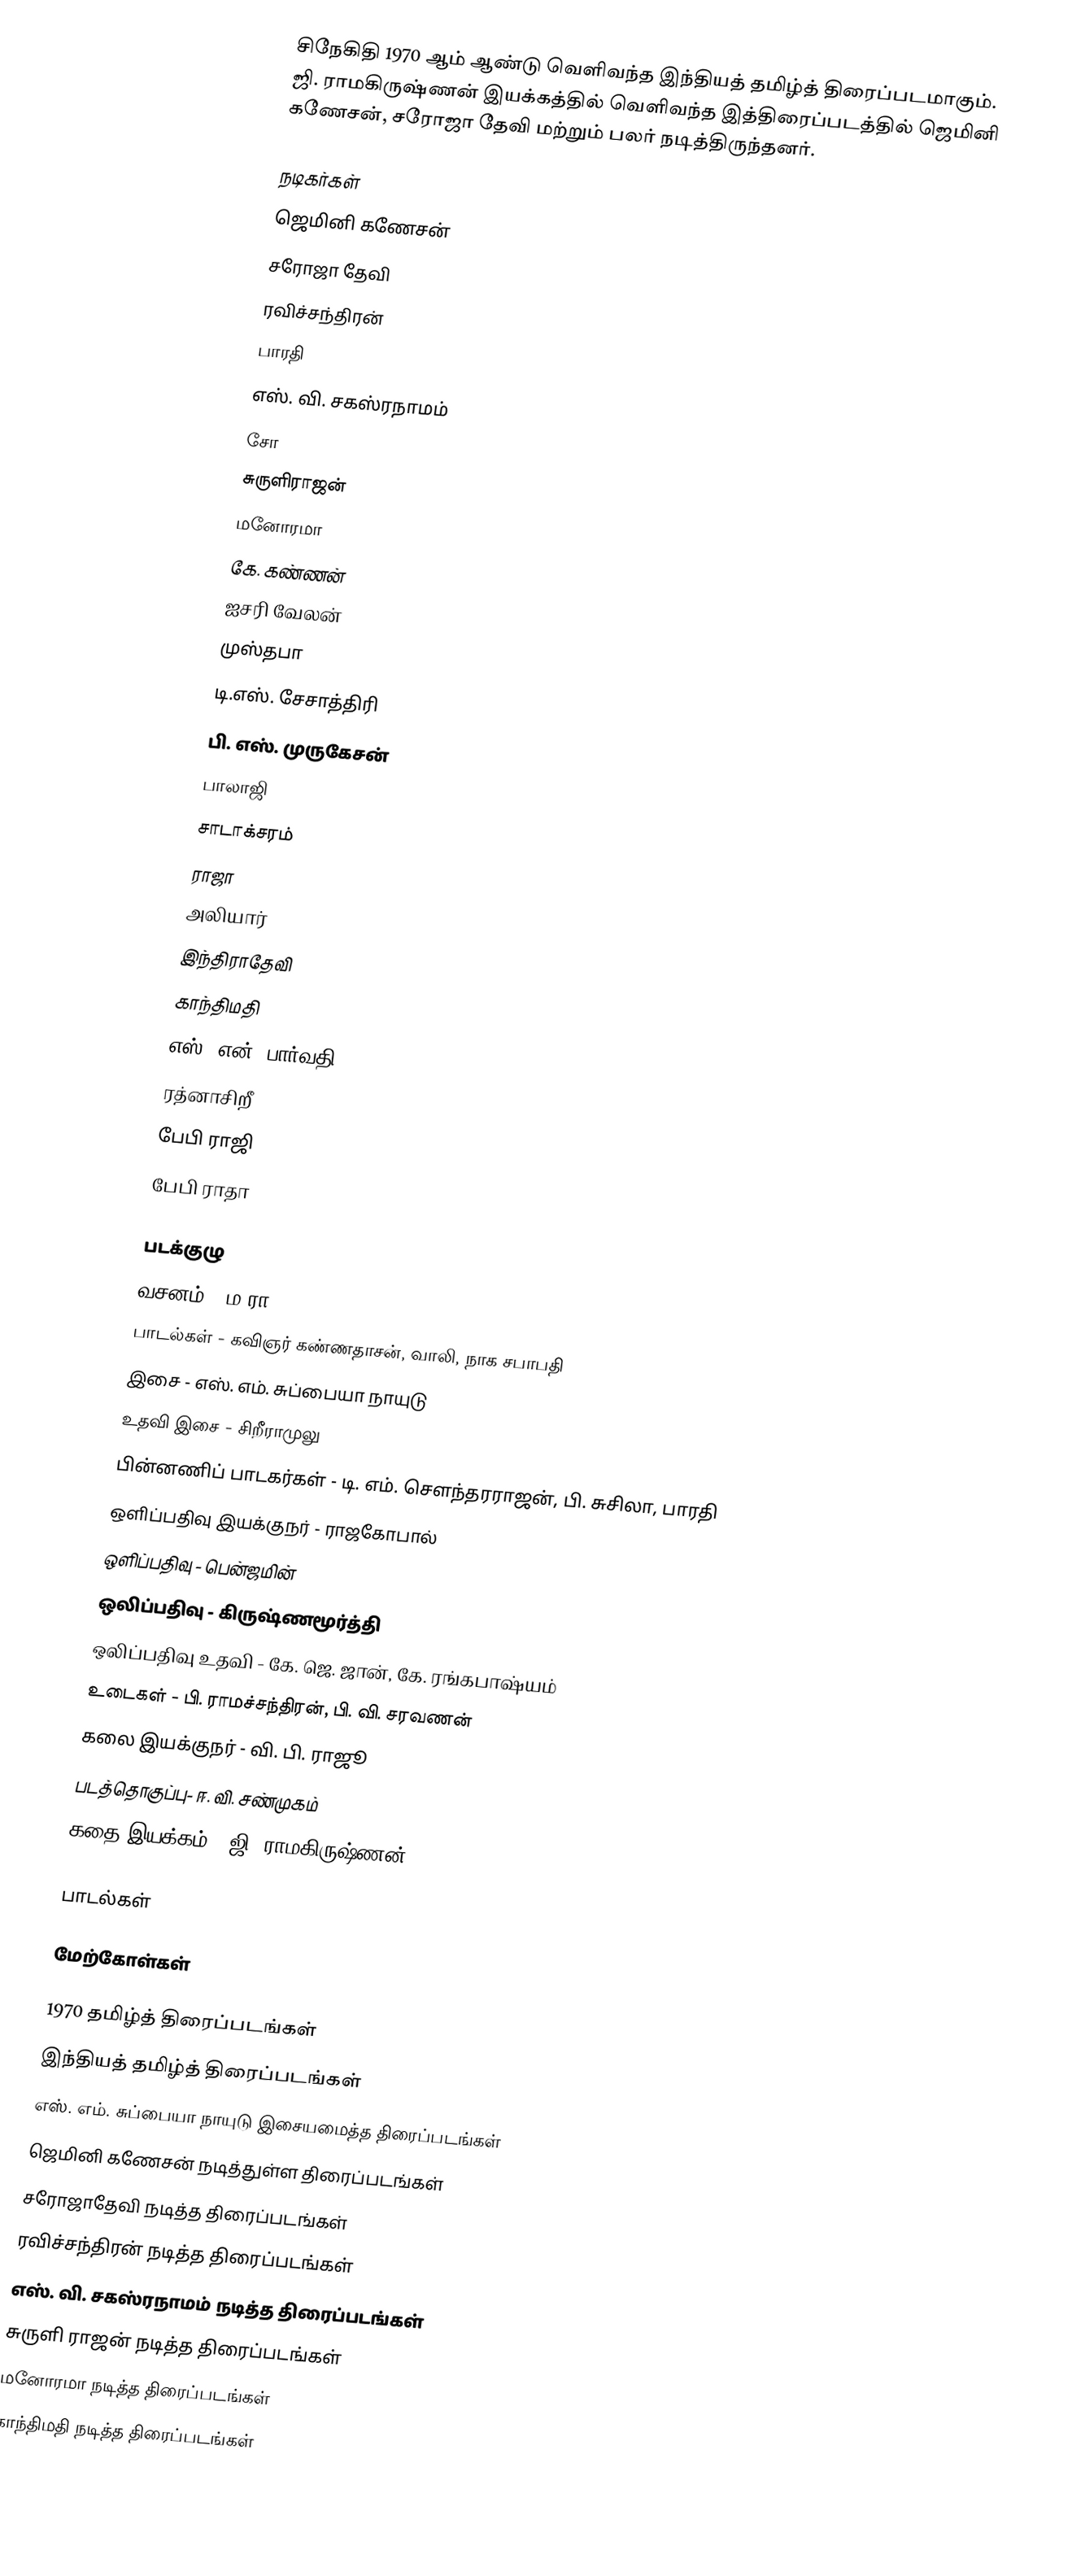
சிநேகிதி 1970 ஆம் ஆண்டு வெளிவந்த இந்தியத் தமிழ்த் திரைப்படமாகும். ஜி. ராமகிருஷ்ணன் இயக்கத்தில் வெளிவந்த இத்திரைப்படத்தில் ஜெமினி கணேசன், சரோஜா தேவி மற்றும் பலர் நடித்திருந்தனர்.

நடிகர்கள்
 ஜெமினி கணேசன்
 சரோஜா தேவி
 ரவிச்சந்திரன்
 பாரதி
 எஸ். வி. சகஸ்ரநாமம்
 சோ
 சுருளிராஜன்
 மனோரமா
 கே. கண்ணன்
 ஐசரி வேலன்
 முஸ்தபா
 டி.எஸ். சேசாத்திரி
 பி. எஸ். முருகேசன்
 பாலாஜி
 சாடாக்சரம்
 ராஜா
 அலியார்
 இந்திராதேவி
 காந்திமதி
 எஸ். என். பார்வதி
 ரத்னாசிறீ
 பேபி ராஜி
 பேபி ராதா

படக்குழு
 வசனம் - ம.ரா
 பாடல்கள் - கவிஞர் கண்ணதாசன், வாலி, நாக சபாபதி
 இசை - எஸ். எம். சுப்பையா நாயுடு
 உதவி இசை - சிறீராமுலு
 பின்னணிப் பாடகர்கள் - டி. எம். சௌந்தரராஜன், பி. சுசிலா, பாரதி
 ஒளிப்பதிவு இயக்குநர் - ராஜகோபால்
 ஒளிப்பதிவு - பென்ஜமின்
 ஒலிப்பதிவு - கிருஷ்ணமூர்த்தி
 ஒலிப்பதிவு உதவி - கே. ஜெ. ஜான், கே. ரங்கபாஷ்யம்
 உடைகள் - பி. ராமச்சந்திரன், பி. வி. சரவணன்
 கலை இயக்குநர் - வி. பி. ராஜூ
 படத்தொகுப்பு- ஈ. வி. சண்முகம்
 கதை இயக்கம் - ஜி. ராமகிருஷ்ணன்

பாடல்கள்

மேற்கோள்கள்

1970 தமிழ்த் திரைப்படங்கள்
இந்தியத் தமிழ்த் திரைப்படங்கள்
எஸ். எம். சுப்பையா நாயுடு இசையமைத்த திரைப்படங்கள்
ஜெமினி கணேசன் நடித்துள்ள திரைப்படங்கள்
சரோஜாதேவி நடித்த திரைப்படங்கள்
ரவிச்சந்திரன் நடித்த திரைப்படங்கள்
எஸ். வி. சகஸ்ரநாமம் நடித்த திரைப்படங்கள்
சுருளி ராஜன் நடித்த திரைப்படங்கள்
மனோரமா நடித்த திரைப்படங்கள்
காந்திமதி நடித்த திரைப்படங்கள்